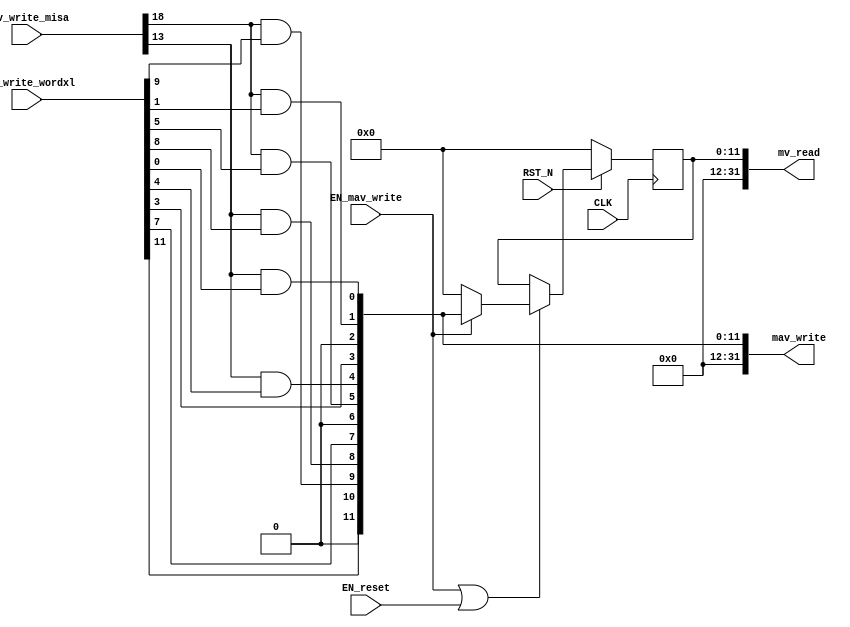
// This program was cloned from: https://github.com/bluespec/Piccolo
// License: Apache License 2.0

//
// Generated by Bluespec Compiler (build 0fccbb13)
//
//
// Ports:
// Name                         I/O  size props
// mv_read                        O    32
// mav_write                      O    32
// CLK                            I     1 clock
// RST_N                          I     1 reset
// mav_write_misa                 I    28
// mav_write_wordxl               I    32
// EN_reset                       I     1
// EN_mav_write                   I     1
//
// Combinational paths from inputs to outputs:
//   (mav_write_misa, mav_write_wordxl) -> mav_write
//
//

`ifdef BSV_ASSIGNMENT_DELAY
`else
  `define BSV_ASSIGNMENT_DELAY
`endif

`ifdef BSV_POSITIVE_RESET
  `define BSV_RESET_VALUE 1'b1
  `define BSV_RESET_EDGE posedge
`else
  `define BSV_RESET_VALUE 1'b0
  `define BSV_RESET_EDGE negedge
`endif

module mkCSR_MIE(CLK,
		 RST_N,

		 EN_reset,

		 mv_read,

		 mav_write_misa,
		 mav_write_wordxl,
		 EN_mav_write,
		 mav_write);
  input  CLK;
  input  RST_N;

  // action method reset
  input  EN_reset;

  // value method mv_read
  output [31 : 0] mv_read;

  // actionvalue method mav_write
  input  [27 : 0] mav_write_misa;
  input  [31 : 0] mav_write_wordxl;
  input  EN_mav_write;
  output [31 : 0] mav_write;

  // signals for module outputs
  wire [31 : 0] mav_write, mv_read;

  // register rg_mie
  reg [11 : 0] rg_mie;
  wire [11 : 0] rg_mie$D_IN;
  wire rg_mie$EN;

  // rule scheduling signals
  wire CAN_FIRE_mav_write,
       CAN_FIRE_reset,
       WILL_FIRE_mav_write,
       WILL_FIRE_reset;

  // remaining internal signals
  wire [11 : 0] mie__h88;
  wire seie__h128, ssie__h122, stie__h125, ueie__h127, usie__h121, utie__h124;

  // action method reset
  assign CAN_FIRE_reset = 1'd1 ;
  assign WILL_FIRE_reset = EN_reset ;

  // value method mv_read
  assign mv_read = { 20'd0, rg_mie } ;

  // actionvalue method mav_write
  assign mav_write = { 20'd0, mie__h88 } ;
  assign CAN_FIRE_mav_write = 1'd1 ;
  assign WILL_FIRE_mav_write = EN_mav_write ;

  // register rg_mie
  assign rg_mie$D_IN = EN_mav_write ? mie__h88 : 12'd0 ;
  assign rg_mie$EN = EN_mav_write || EN_reset ;

  // remaining internal signals
  assign mie__h88 =
	     { mav_write_wordxl[11],
	       1'b0,
	       seie__h128,
	       ueie__h127,
	       mav_write_wordxl[7],
	       1'b0,
	       stie__h125,
	       utie__h124,
	       mav_write_wordxl[3],
	       1'b0,
	       ssie__h122,
	       usie__h121 } ;
  assign seie__h128 = mav_write_misa[18] && mav_write_wordxl[9] ;
  assign ssie__h122 = mav_write_misa[18] && mav_write_wordxl[1] ;
  assign stie__h125 = mav_write_misa[18] && mav_write_wordxl[5] ;
  assign ueie__h127 = mav_write_misa[13] && mav_write_wordxl[8] ;
  assign usie__h121 = mav_write_misa[13] && mav_write_wordxl[0] ;
  assign utie__h124 = mav_write_misa[13] && mav_write_wordxl[4] ;

  // handling of inlined registers

  always@(posedge CLK)
  begin
    if (RST_N == `BSV_RESET_VALUE)
      begin
        rg_mie <= `BSV_ASSIGNMENT_DELAY 12'd0;
      end
    else
      begin
        if (rg_mie$EN) rg_mie <= `BSV_ASSIGNMENT_DELAY rg_mie$D_IN;
      end
  end

  // synopsys translate_off
  `ifdef BSV_NO_INITIAL_BLOCKS
  `else // not BSV_NO_INITIAL_BLOCKS
  initial
  begin
    rg_mie = 12'hAAA;
  end
  `endif // BSV_NO_INITIAL_BLOCKS
  // synopsys translate_on
endmodule  // mkCSR_MIE